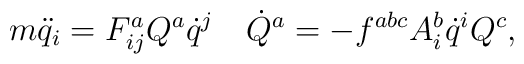
m\ddot{q}_i =  F^a_{ij}Q^a\dot{q}^j \quad\dot{Q}^a = -f^{abc} A^b_i \dot{q}^i Q^c ,